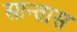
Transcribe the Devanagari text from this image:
सान्तास